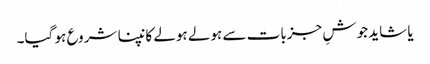
یا شاید جوشِ جزبات سے ہولے ہولے کانپنا شروع ہو گیا۔